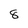
Character: 8